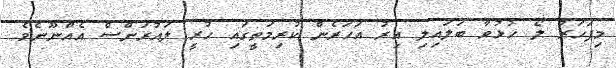
މިފަހަރު ލޯ ހުޅުވާ ބަލައިލި އިރު އަހަރެން ކުރިމަތީގައި ހުރީ ލައުރަންސް އެއްނޫނެވެ.